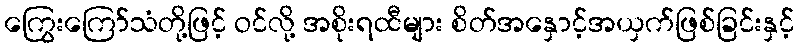
ကြွေးကြော်သံတို့ဖြင့် ဝင်လို့ အစိုးရထီများ စိတ်အနှောင့်အယှက်ဖြစ်ခြင်းနှင့်